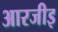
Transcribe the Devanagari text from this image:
आरजीइ